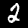
Label: 2